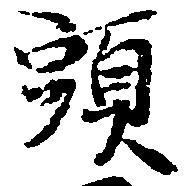
頭